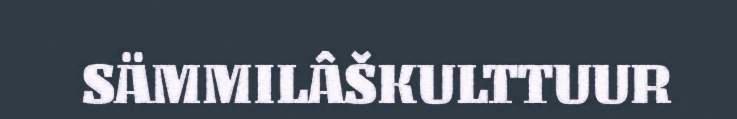
SÄMMILÂŠKULTTUUR